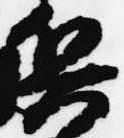
兵